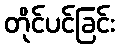
တိုင်ပင်ခြင်း